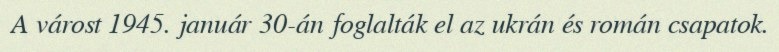
A várost 1945. január 30-án foglalták el az ukrán és román csapatok.